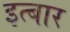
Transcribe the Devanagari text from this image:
इत्बार